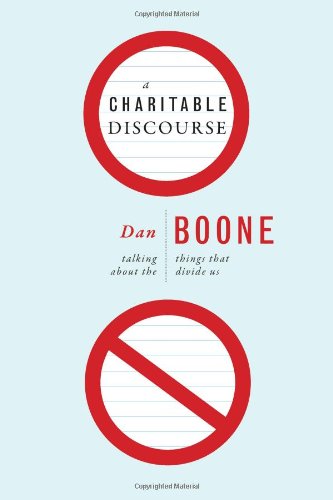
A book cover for A Charitable Discourse: Talking About the Things That Divide Us; Dan Boone; Christian Books & Bibles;